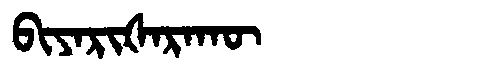
Manchu: ᠪᡳᠶᠠᡵᡳᡧᠠᡵᠠᡴᡡ
Romanization: BIYARIŠARAKŪ